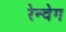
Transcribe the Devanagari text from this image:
रेन्वेग